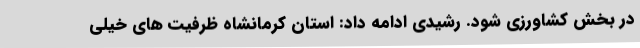
در بخش کشاورزی شود. رشیدی ادامه داد: استان کرمانشاه ظرفیت های خیلی